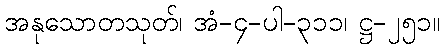
အနုသောတသုတ်၊ အံ-၄-ပါ-၃၁၁၊ ဋ္ဌ-၂၅၁။